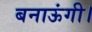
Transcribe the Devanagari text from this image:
बनाऊंगी।